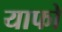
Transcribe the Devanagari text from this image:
याफो